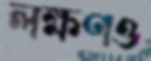
লক্ষণও